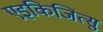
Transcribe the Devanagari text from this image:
एइकिजित्सु